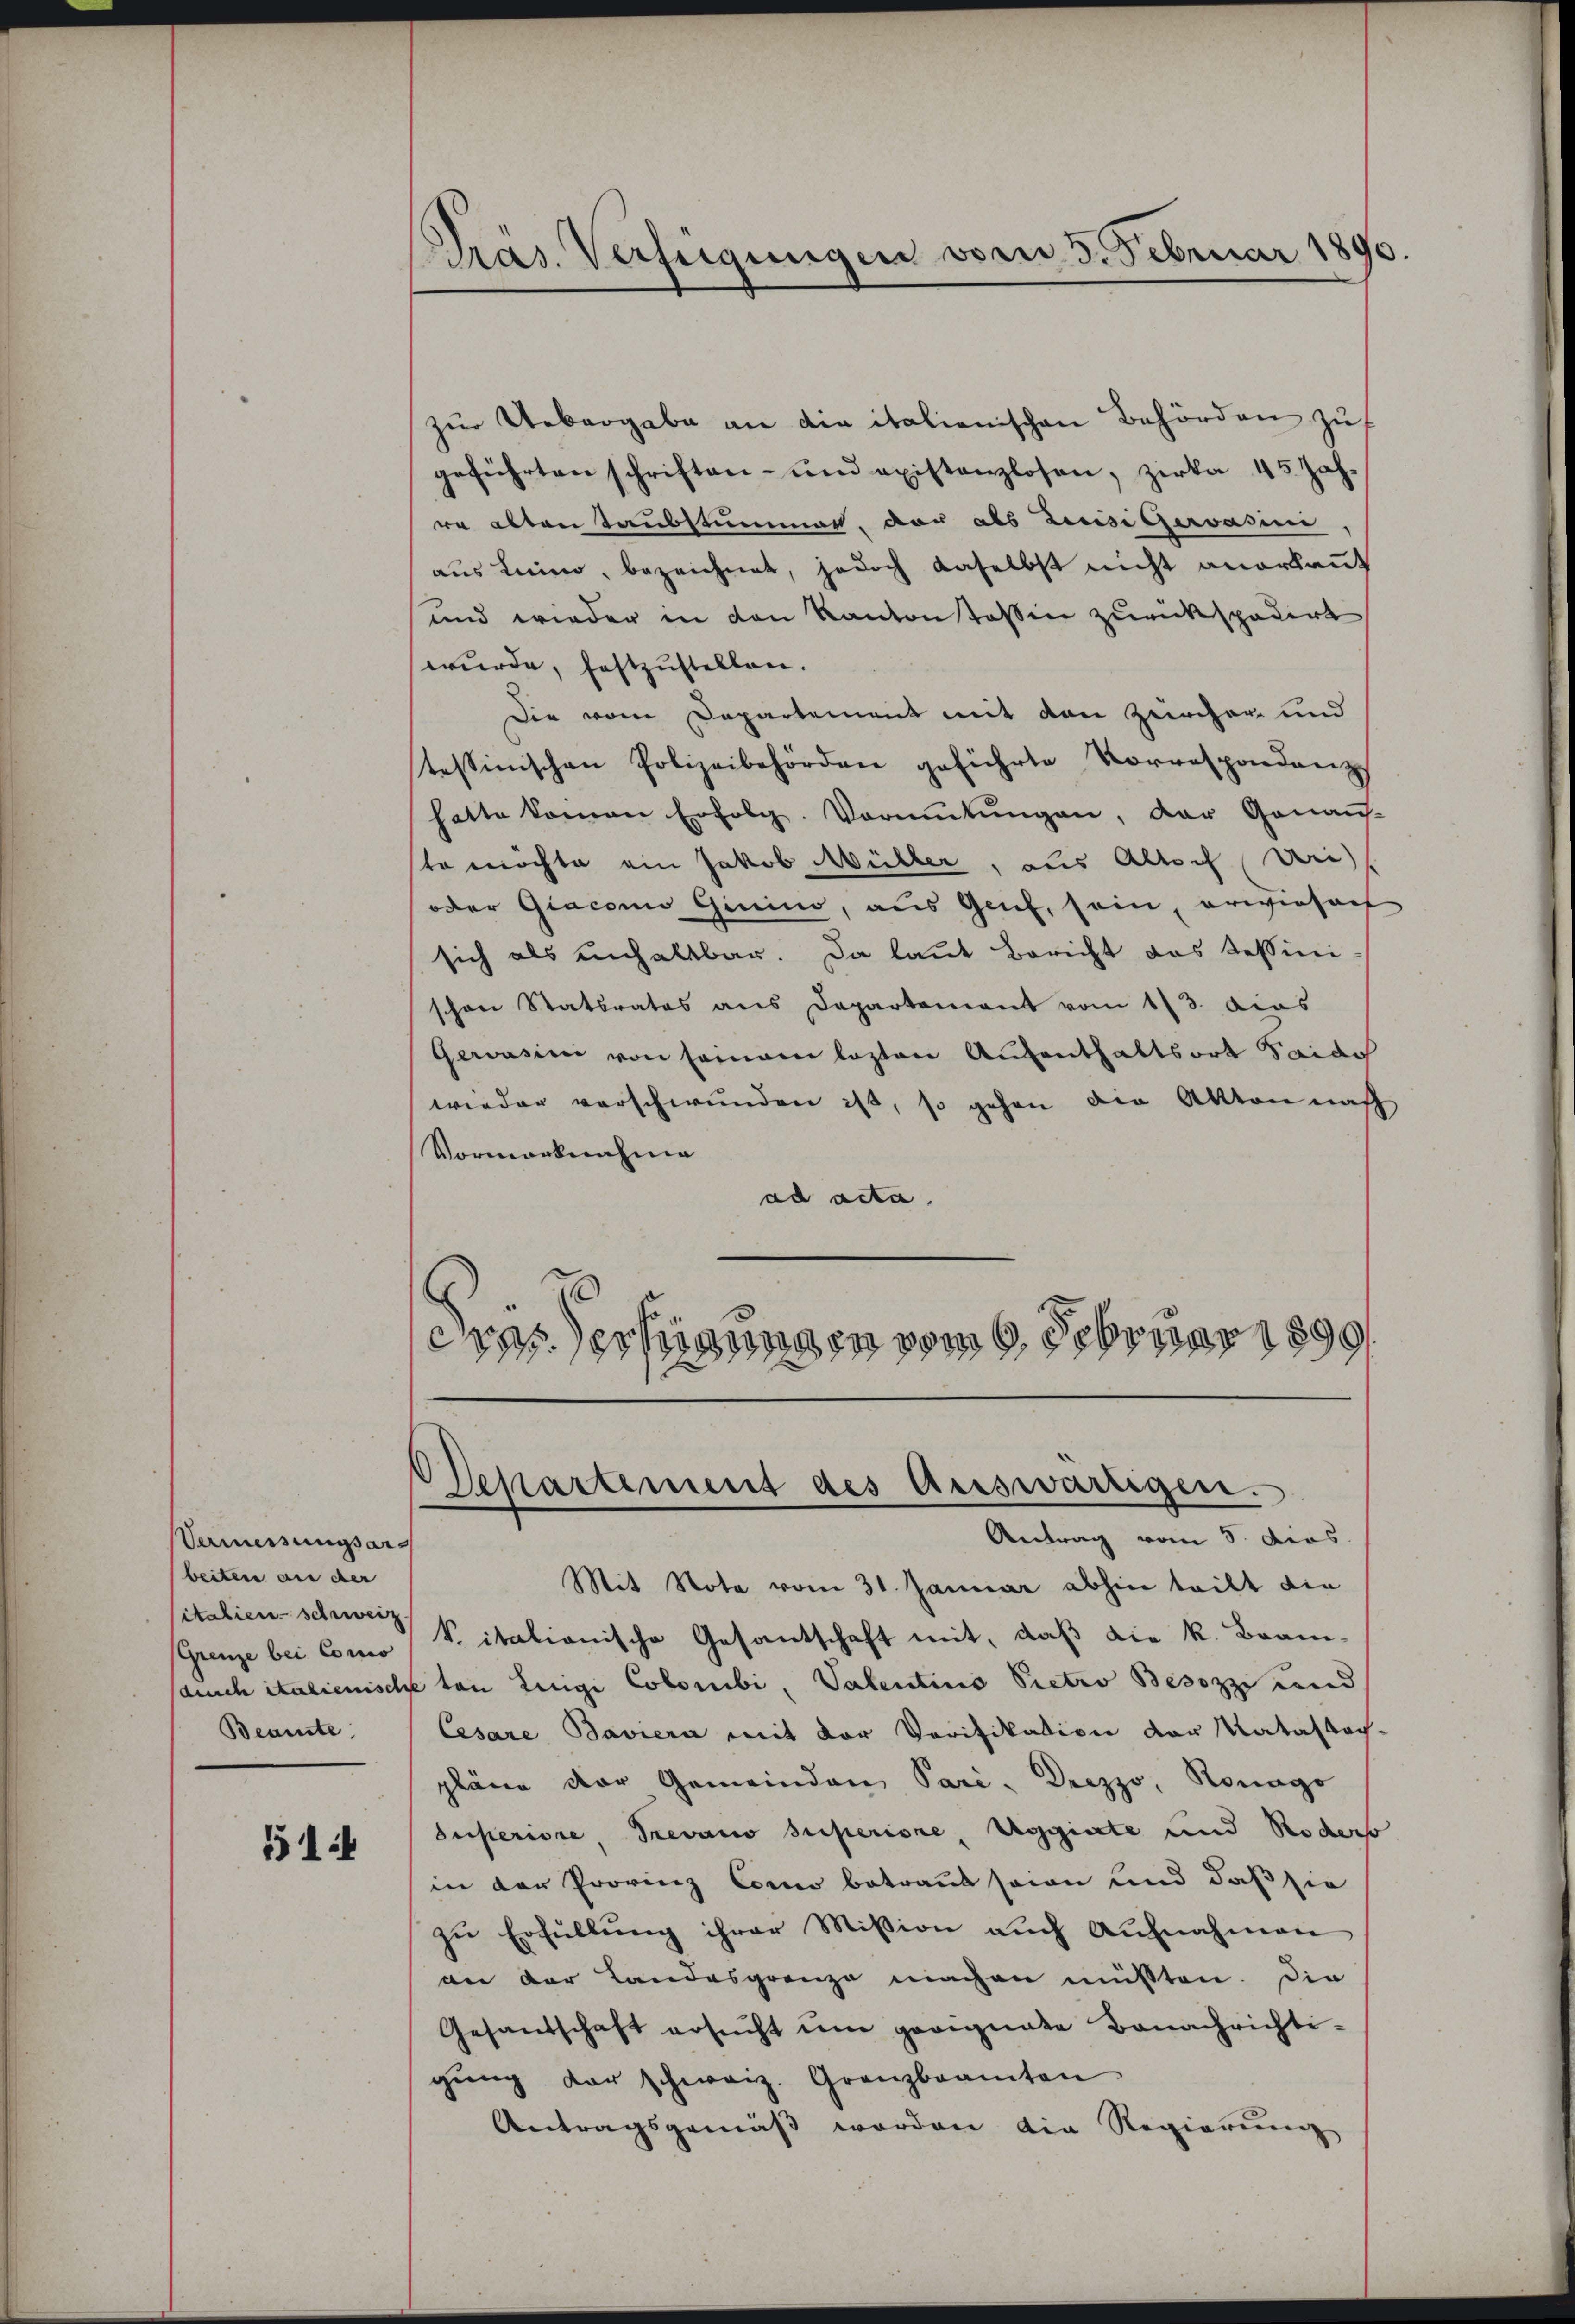
Vermessungsarbeiten an der
italien-schweiz
(Grenze bei Conco
Beamte

514

Präs. Verfügungen vom 5. Februar 1890.

zŭr Uebergabe an die italienischen Behörden zuf
geführten schriften- und existanzlosen, zirka 45 Jah-
re alten Taubstummen, der als Liesigervasine,
aus Linie, bezeichnet, jedoch daselbst nicht anerkannt
und wieder in den Kanton stossen zurückspedirt
wurde, festzustellen.
Die vom Departement mit von Zürcher und
tessinischen Polizeibehörden geführte Vorrespondanz-
hatte kommen Erfolg. Vormŭtŭngen, der Genaus-
so möchte ein Jakob Müller, aus Altorf Uri
oder Giacono Giuino, aus Grief, sein, erwieser
sich als unhaltbar. Da laut Bericht das Tessini
schon Statsrates aus Departement vom 13. dies
Gerasie von seinem lezten Aufenthaltsort Taido
wieder verschwunden ist, so gehen die Akten nach
Vormarknahme
ad acta.
cras Verfügungen vom 6. Februar 1899.

Departement des Auswärtigen.
Antrag vom 5. dies

Mit Nota vom 31. Januar abhin teilt die
kitalianische Gesantschaft mit, daß die k. Bran¬
Jauch italienische ton Luigi Colonibi, Valentino Pietro Besozzi und
Cesare Baviera mit der Verifikation der Katastach-
pläne der Gemeinden Pari. Drezzo, Ronago
Superiore, Trevano superiore, Regierte und Roder
in der Provinz Como betraut sein und daß sie
zŭ Erfüllŭng ihrer Mission aŭch Aŭfnahmen
an der Landesgrenze machen müßten. Die
Gesandschaft ersŭcht ŭm geeignete Banachrichti-
gŭng der schweiz. Granzbeamten
Antragsgemäß worden die Regierung